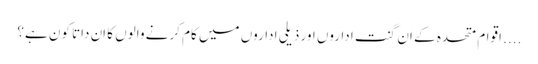
.... اقوام متحدہ کے اَن گنت اداروں اور ذیلی اداروں میں کام کرنے والوں کا اَن داتا کون ہے؟